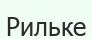
Рильке